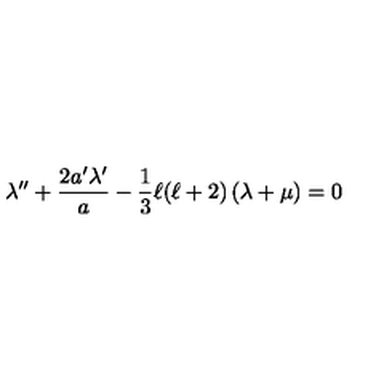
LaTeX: \lambda ^ { \prime \prime } + \frac { 2 a ^ { \prime } \lambda ^ { \prime } } { a } - \frac { 1 } { 3 } \ell ( \ell + 2 ) \left( \lambda + \mu \right) = 0